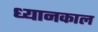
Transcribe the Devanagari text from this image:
ध्यानकाल